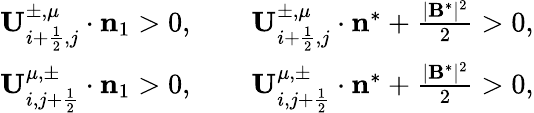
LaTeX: \begin{array}{r}{\mathbf{U}_{i+\frac{1}{2},j}^{\pm,\mu}\cdot{\mathbf n}_{1}>0,\qquad\mathbf{U}_{i+\frac{1}{2},j}^{\pm,\mu}\cdot\mathbf{n}^{*}+\frac{|\mathbf{B}^{*}|^{2}}{2}>0,}\\ {\mathbf{U}_{i,j+\frac{1}{2}}^{\mu,\pm}\cdot{\mathbf n}_{1}>0,\qquad\mathbf{U}_{i,j+\frac{1}{2}}^{\mu,\pm}\cdot\mathbf{n}^{*}+\frac{|\mathbf{B}^{*}|^{2}}{2}>0,}\end{array}